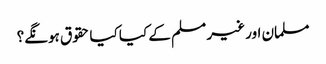
مسلمان اور غیر مسلم کے کیا کیا حقوق ہونگے؟